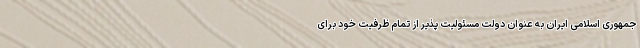
جمهوری اسلامی ایران به عنوان دولت مسئولیت پذیر از تمام ظرفیت خود برای